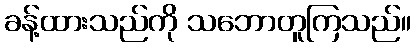
ခန့်ထားသည်ကို သဘောတူကြသည်။